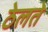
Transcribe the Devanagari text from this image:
ठेलते